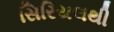
સિરિયલથી